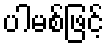
ပါမစ်ဖြင့်